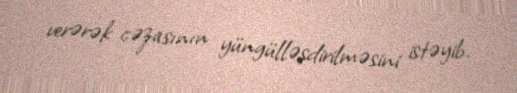
verərək cəzasının yüngülləşdirilməsini istəyib.